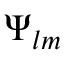
\Psi _ { l m }